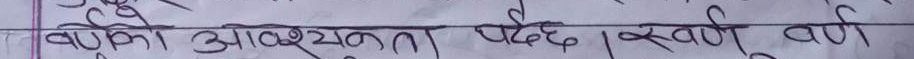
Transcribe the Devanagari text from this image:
बढिको आवश्यक्ता पर्दछ। खणि वर्ष